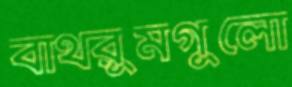
বাথরুমগুলো